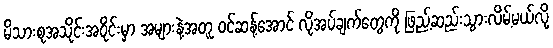
မိသားစုအသိုင်းအဝိုင်းမှာ အများနဲ့အတူ ဝင်ဆန့်အောင် လိုအပ်ချက်တွေကို ဖြည့်ဆည်းသွားလိမ့်မယ်လို့